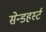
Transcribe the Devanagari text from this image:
सेन्डहर्स्ट